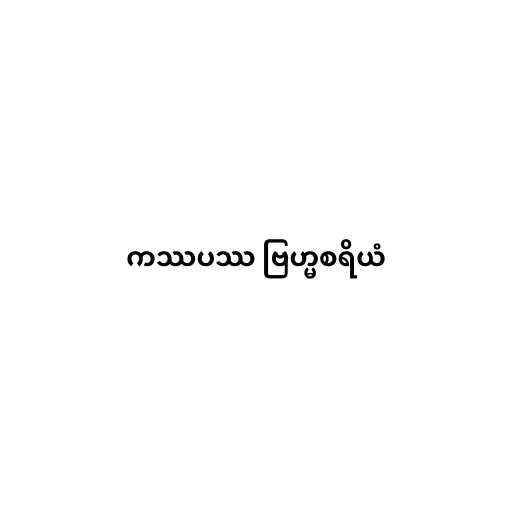
ကဿပဿ ဗြဟ္မစရိယံ